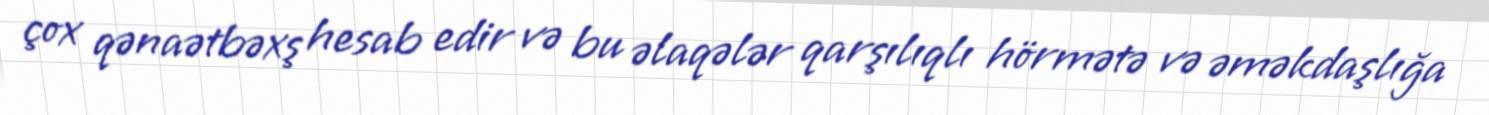
çox qənaətbəxş hesab edir və bu əlaqələr qarşılıqlı hörmətə və əməkdaşlığa